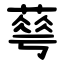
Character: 䔢